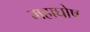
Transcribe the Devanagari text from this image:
महाघोष